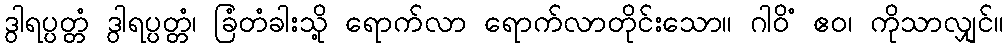
ဒွါရပ္ပတ္တံ ဒွါရပ္ပတ္တံ၊ ခြံတံခါးသို့ ရောက်လာ ရောက်လာတိုင်းသော။ ဂါဝိံ ဧဝ၊ ကိုသာလျှင်။